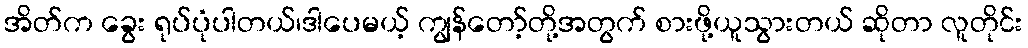
အိတ်က ခွေး ရုပ်ပုံပါတယ်၊ဒါပေမယ့် ကျွန်တော့်တို့အတွက် စားဖို့ယူသွားတယ် ဆိုတာ လူတိုင်း